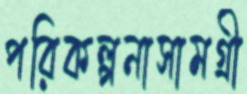
পরিকল্পনাসামগ্রী